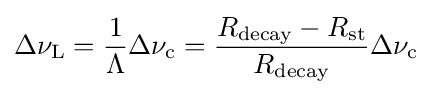
\Delta \nu _{\rm {L}}={\frac {1}{\Lambda }}\Delta \nu _{\rm {c}}={\frac {R_{\rm {decay}}-R_{\rm {st}}}{R_{\rm {decay}}}}\Delta \nu _{\rm {c}}